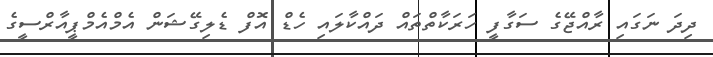
ދިދަ ނަގައި ރާއްޖޭގެ ސަގާފީ ހަރަކާތްތައް ދައްކާލައި ހެޑް އޮފް ޑެލިގޭޝަން އެމްއެމްޕީއާރްސީގެ